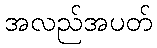
အလည်အပတ်